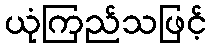
ယုံကြည်သဖြင့်